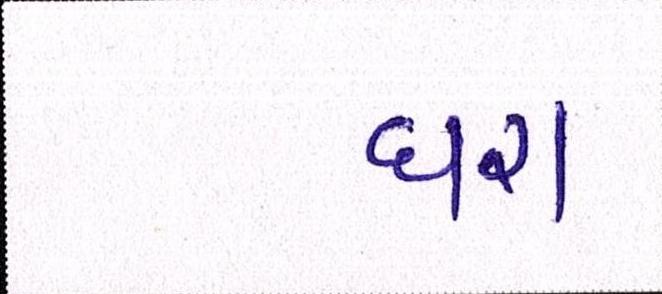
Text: ધરા